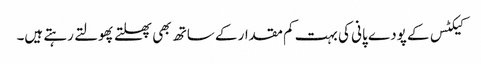
کیکٹس کے پودے پانی کی بہت کم مقدار کے ساتھ بھی پھلتے پھولتے رہتے ہیں۔